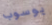
يوسوب